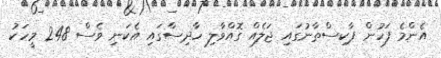
އެންމެ ފަހުން ޕާކިސްތާނުގައި ޖަލެއް ގޮއްވާލި ހާދިސާގައި އެކަނި ވެސް 248 މީހަކު